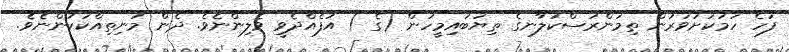
ފަހެ ހަމަކަށަވަރުން ތިމަންރަސްކަލާނގެ ތިޔަބައިމީހުން (ގެ ) އުފެއްދެވީ ވެލިންނެވެ. ދެން މަނިތިއްކަކުންނެވެ.